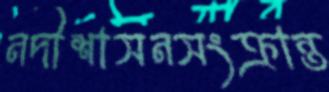
নদীশাসনসংক্রান্ত